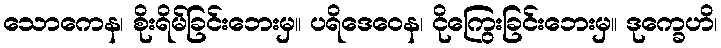
သောကေန၊ စိုးရိမ်ခြင်းဘေးမှ။ ပရိဒေဝေန၊ ငိုကြွေးခြင်းဘေးမှ။ ဒုက္ခေဟိ၊